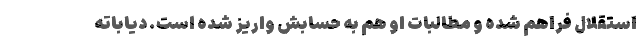
استقلال فراهم شده و مطالبات او هم به حسابش واریز شده است. دیاباته